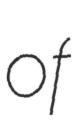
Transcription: of